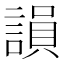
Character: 𧪼